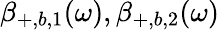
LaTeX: \beta_{+,b,1}(\omega),\beta_{+,b,2}(\omega)